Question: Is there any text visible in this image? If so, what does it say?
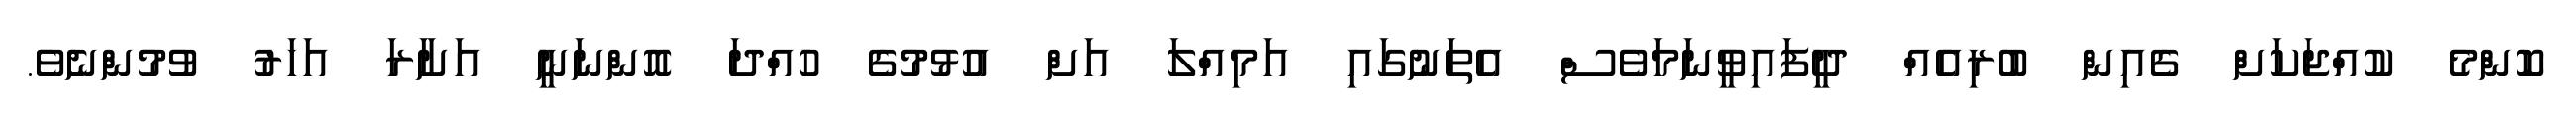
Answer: ކޮންމެ ކުއްޖަކަށް ގެއިން ބުރިއެއް ދީފައިވީނަމަވެސް އެތަނުގައި އަމިއްލަ އަށް އުޅުމުގެ ހުއްދަ އޮންނަނީ އަށާރަ އަހަރު ވުމުންނެވެ.